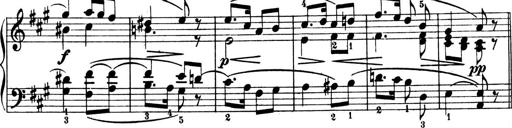
Title: 4 Sonatines
Composer: Max Reger